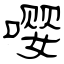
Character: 嘤